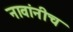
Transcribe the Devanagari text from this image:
नावांनीच